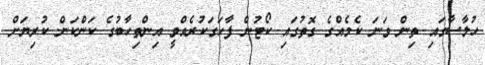
ހުލާސާގައި ތިން ވަނަ ކެމެއްގެ ގޮތުގައި ކޯޓުން ފާހަގަކުރެއްވީ އިންތިހާބުގެ ކަންކަން ކުރިޔަށް